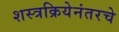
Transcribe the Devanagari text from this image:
शस्त्रक्रियेनंतरचे